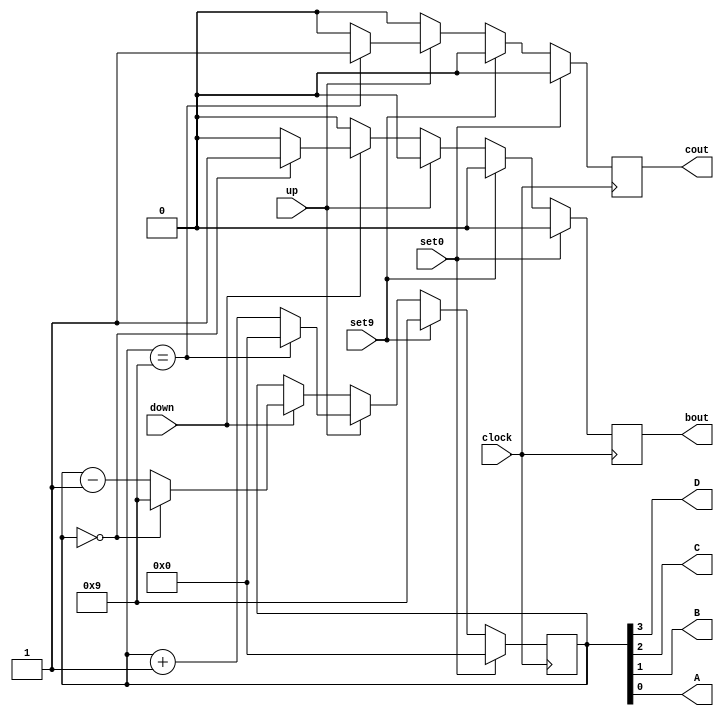
`timescale 1ns / 1ps
//////////////////////////////////////////////////////////////////////////////////
// Company: 
// Engineer: 
// 
// Design Name: 
// Module Name: OneDigitBCDCounter
// Project Name: 
// Target Devices: 
// Tool Versions: 
// Description: 
// 
// Dependencies: 
// 
// Revision:
// Revision 0.01 - File Created
// Additional Comments:
// 
//////////////////////////////////////////////////////////////////////////////////


module OneDigitBCDCounter(
    output wire D,
    output wire C,
    output wire B,
    output wire A,
    output reg cout,
    output reg bout,
    input up,
    input down,
    input set9,
    input set0,
    input clock
);
    reg [3:0] count;
    assign {D,C,B,A} = count;

    initial
    begin
        count <= 4'b0000;
        cout <= 0;
        bout <= 0;
    end

    always @(posedge clock)
    begin
        if (set0)
        begin
            count <= 4'b0000;
            cout <= 0;
            bout <= 0;
        end
        else if(set9)
        begin
            count <= 4'b1001;
            cout <= 0;
            bout <= 0;
        end
        else if(up)
            begin
                if(count == 4'b1001)
                    begin
                        count <= 0;
                        cout <= 1;
                        bout <= 0;
                    end
                else
                    begin
                        count <= count + 1;
                        cout <= 0;
                        bout <= 0;
                    end
            end
        else if(down)
        begin
            if(count == 4'b0000)
                begin
                    count <= 4'b1001;
                    bout <= 1;
                    cout <= 0;
                end
            else
                begin
                    count <= count - 1;
                    bout <= 0;
                    cout <= 0;
                end
        end
        else
        begin
            cout <= 0;
            bout <= 0;
        end
    end

endmodule